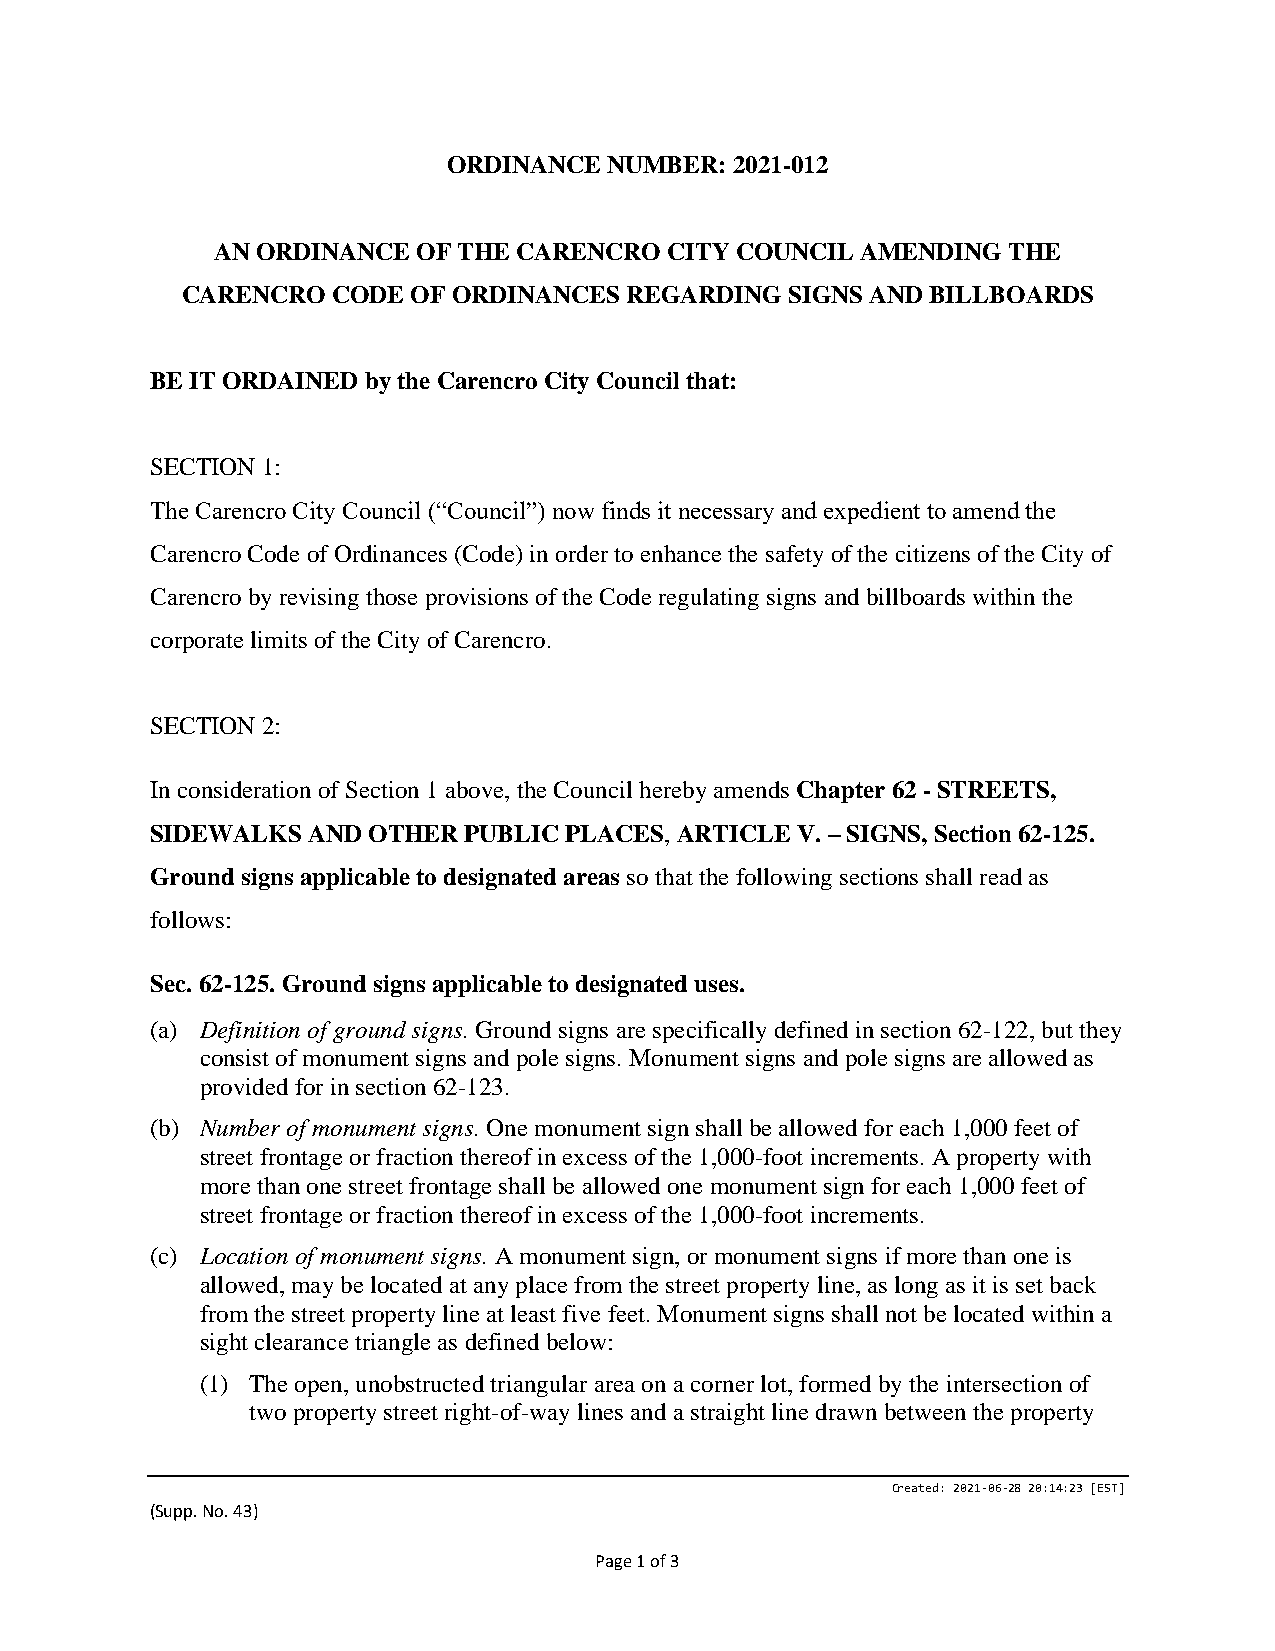
ORDINANCE NUMBER: 2021-012
 AN ORDINANCE  OF THE CARENCRO CITY COUNCIL AMENDING  THE
 CARENCRO  CODE OF ORDINANCES REGARDING  SIGNS AND BILLBOARDS
 BE IT ORDAINED by the Carencro City Council that:
 SECTION 1:
 The Carencro City Council (“Council”) now finds it necessary and expedient to amend the
 Carencro Code of Ordinances (Code) in order to enhance the safety of the citizens of the City of
 Carencro by revising those provisions of the Code regulating signs and billboards within the
 corporate limits of the City of Carencro.
 SECTION 2:
 In consideration of Section 1 above, the Council hereby amends Chapter 62 - STREETS,
 SIDEWALKS AND OTHER  PUBLIC PLACES, ARTICLE V. – SIGNS, Section 62-125.
 Ground signs applicable to designated areas so that the following sections shall read as
 follows:
 Sec. 62-125. Ground signs applicable to designated uses.
 (a) Definition of ground signs. Ground signs are specifically defined in section 62-122, but they
 consist of monument signs and pole signs. Monument signs and pole signs are allowed as
 provided for in section 62-123.
 (b) Number of monument signs. One monument sign shall be allowed for each 1,000 feet of
 street frontage or fraction thereof in excess of the 1,000-foot increments. A property with
 more than one street frontage shall be allowed one monument sign for each 1,000 feet of
 street frontage or fraction thereof in excess of the 1,000-foot increments.
 (c) Location of monument signs. A monument sign, or monument signs if more than one is
 allowed, may be located at any place from the street property line, as long as it is set back
 from the street property line at least five feet. Monument signs shall not be located within a
 sight clearance triangle as defined below:
 (1) The open, unobstructed triangular area on a corner lot, formed by the intersection of
 two property street right-of-way lines and a straight line drawn between the property
 Created: 2021-06-28 20:14:23 [EST]
 (Supp. No. 43)
 Page 1 of 3